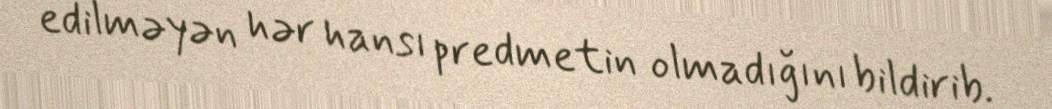
edilməyən hər hansı predmetin olmadığını bildirib.